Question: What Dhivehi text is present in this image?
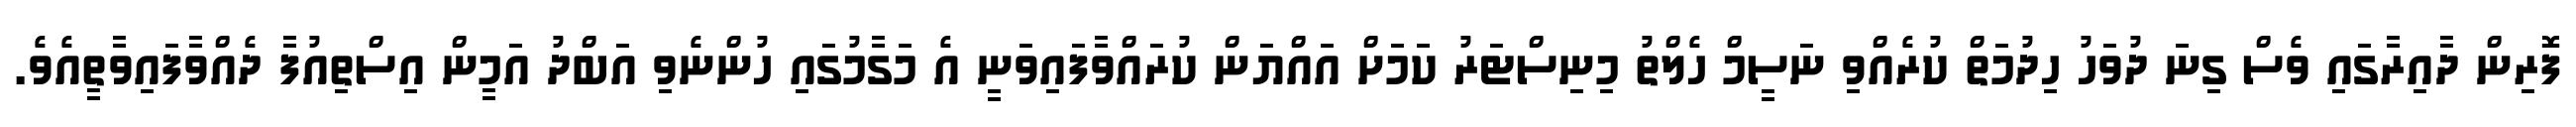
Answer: ފޮރިން ދާއިރާގައި ވެސް ގިނަ ދުވަހު ހިދުމަތް ކުރެއްވި ނަސީމް ހެލްތު މިނިސްޓަރު ކަމަށް އައްޔަން ކުރައްވާފައިވަނީ އެ މަގާމުގައި ހުންނެވި އަބްދު އަމީން އިސްތިއުފާ ދެއްވާފައިވާތީއެވެ.